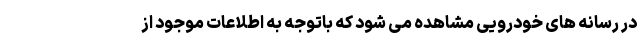
در رسانه های خودرویی مشاهده می شود که باتوجه به اطلاعات موجود از